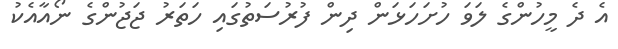
އެ ދެ މީހުންގެ ލަވަ ހުށަހަޅަން ދިން ފުރުސަތުގައި ހަަތަރު ޖަޖުންގެ ނޯއާއެކު